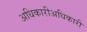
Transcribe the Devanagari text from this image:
अधिकारीअधिकारी